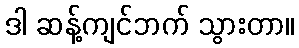
ဒါ ဆန့်ကျင်ဘက် သွားတာ။